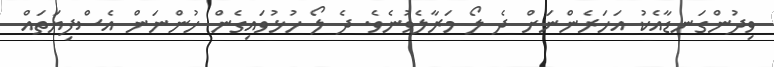
ވިދުންގަނޑާއެކު އަހަރެންނަށް ދެ ލޯ މަރާލެވުނެވެ. ދެ ލޯ ހުޅުވައިގެން ހުންނަން އެސްފިޔަތައް